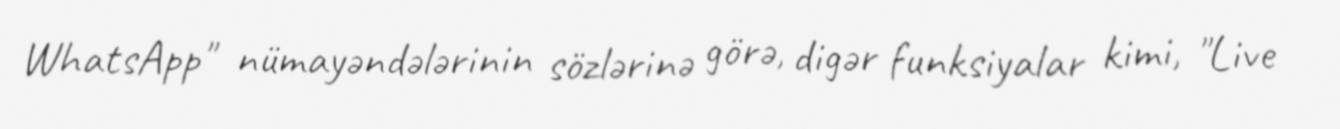
WhatsApp" nümayəndələrinin sözlərinə görə, digər funksiyalar kimi, "Live